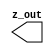
// SPDX-License-Identifier: Apache-2.0
// Copyright (C) 2019 Intel Corporation. All rights reserved
//****************************************************************************************
// (C) 2011 Altera Corporation. All rights reserved.
//
//****************************************************************************************

//------------------------------------------------------------------------
// Description: GTIEL cell
// 
// GTIEH is a special "buffer" where the output polarity (1 or 0) can be changed 
// at M2 layer
// 
// GITEL will by default drive a constant "0"
//
//------------------------------------------------------------------------

module altr_hps_gtiel (
    output wire         z_out     // output
);

`ifdef ALTR_HPS_INTEL_MACROS_OFF
   assign z_out = 1'b0;
`else
`endif

endmodule // altr_hps_gtiel